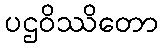
ပဌဝိဿိတော